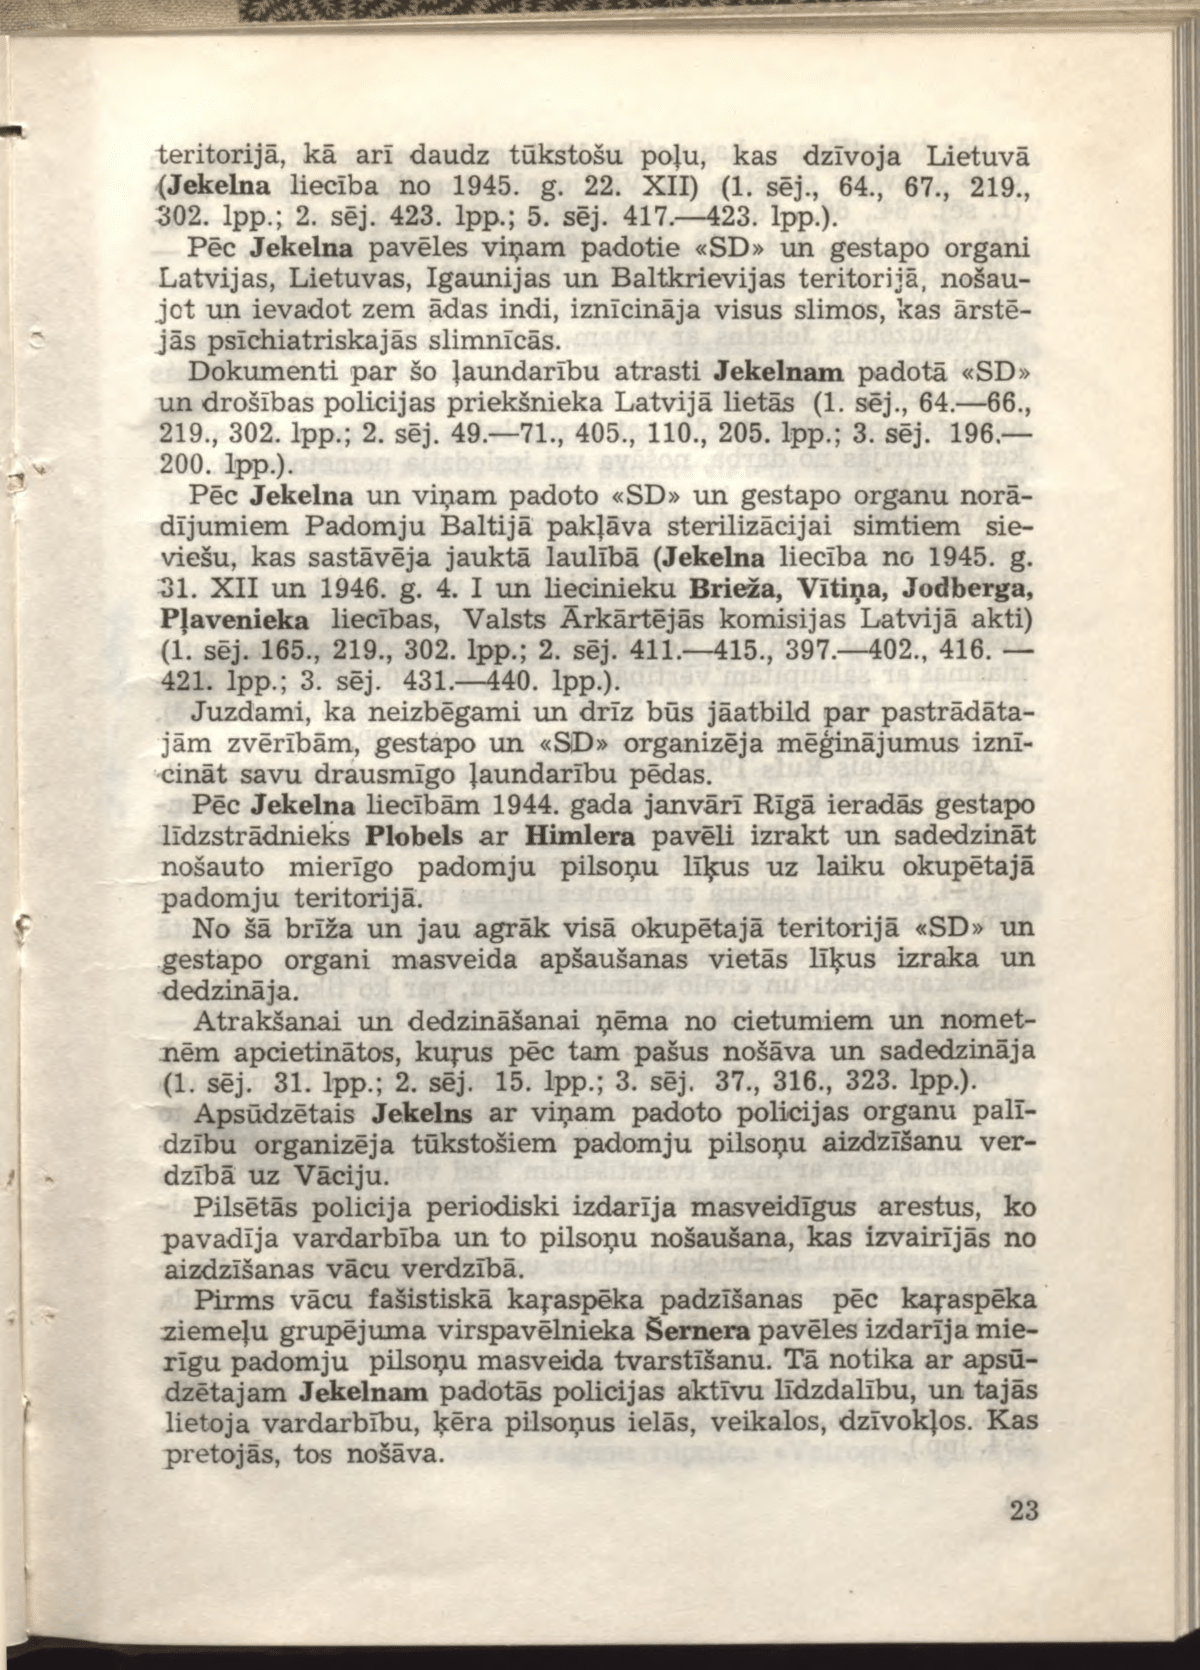
Language: lv